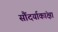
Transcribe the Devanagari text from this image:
सौंदर्याकांक्षा